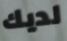
لديك